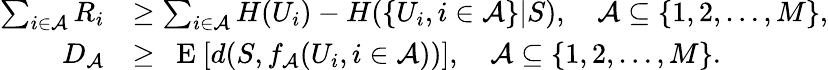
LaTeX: \begin{array}{rl}{\sum_{i\in\mathcal{A}}R_{i}}&{\geq\sum_{i\in\mathcal{A}}H(U_{i})-H(\{ U_{i},i\in\mathcal{A}\} |S),\quad\mathcal{A}\subseteq\{ 1,2,\ldots,M\} ,}\\ {D_{\mathcal{A}}}&{\geq\mathrm{~{\mathbb~E}~}[d(S,f_{\mathcal{A}}(U_{i},i\in\mathcal{A}))],\quad\mathcal{A}\subseteq\{ 1,2,\ldots,M\} .}\end{array}